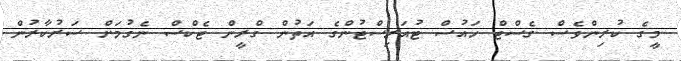
މީގެ ކުރިންވެސް ގެސްޓް ހައުސް ޓުއަރިސްޓުންގެ އަތުން ގްރީން ޓެކްސް ނެގުމަށް ސަރުކާރުން